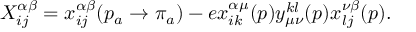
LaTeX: X _ { i j } ^ { \alpha \beta } = x _ { i j } ^ { \alpha \beta } ( p _ { a } \rightarrow \pi _ { a } ) - e x _ { i k } ^ { \alpha \mu } ( p ) y _ { \mu \nu } ^ { k l } ( p ) x _ { l j } ^ { \nu \beta } ( p ) .